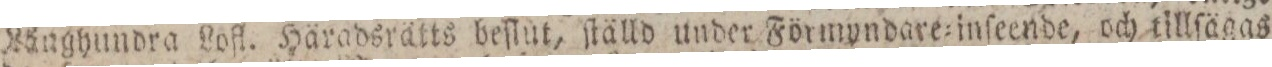
Långhundra Lofl. Häradsrätts beſlut, ſtälld under Förmyndare=inſeende, och tillſägas